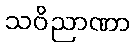
သဝိညာဏာ